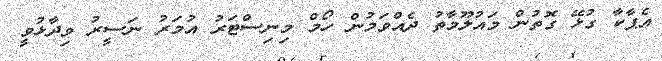
އެޕާކާ ގުޅޭ ގޮތުން މައުލޫމާތު ދެއްވަމުން ހޯމް މިނިސްޓަރު އުމަރު ނަސީރު ވިދާޅުވީ